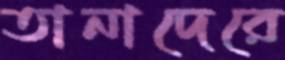
তানাদেরে